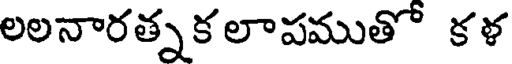
లలనారత్నకలాపముతో కళ